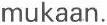
mukaan.